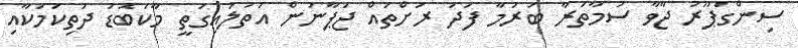
ސިންގަޕޫރު ޖާވާ ސުމާތަރާ ބަރުމާ ފަދަ ރަށްތައް ޖަޕާނުން އަތުލައިގަތީ މާކަބޮޑު ދަތިކަމަކާއި